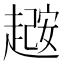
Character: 𫎼